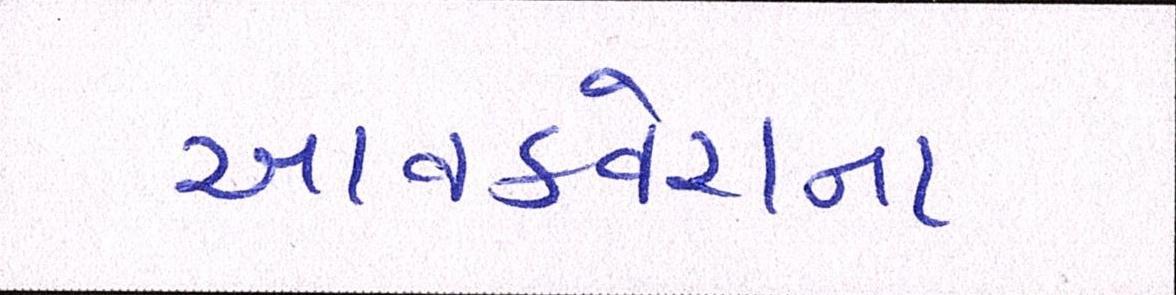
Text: આવકવેરાના